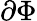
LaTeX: \partial\Phi